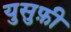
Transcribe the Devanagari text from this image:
युसुफ़ी